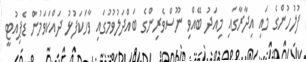
ފުލުހުންގެ މައި އިދާރާގައި މިއަދު ބޭއްވި ނޫސްވެރިންގެ ބައްދަލުވުމުގައި ވާހަކަފުޅު ދައްކަވަމުން ޑެޕިއުޓީ